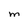
Character: m